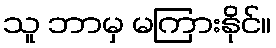
သူ ဘာမှ မကြားနိုင်။